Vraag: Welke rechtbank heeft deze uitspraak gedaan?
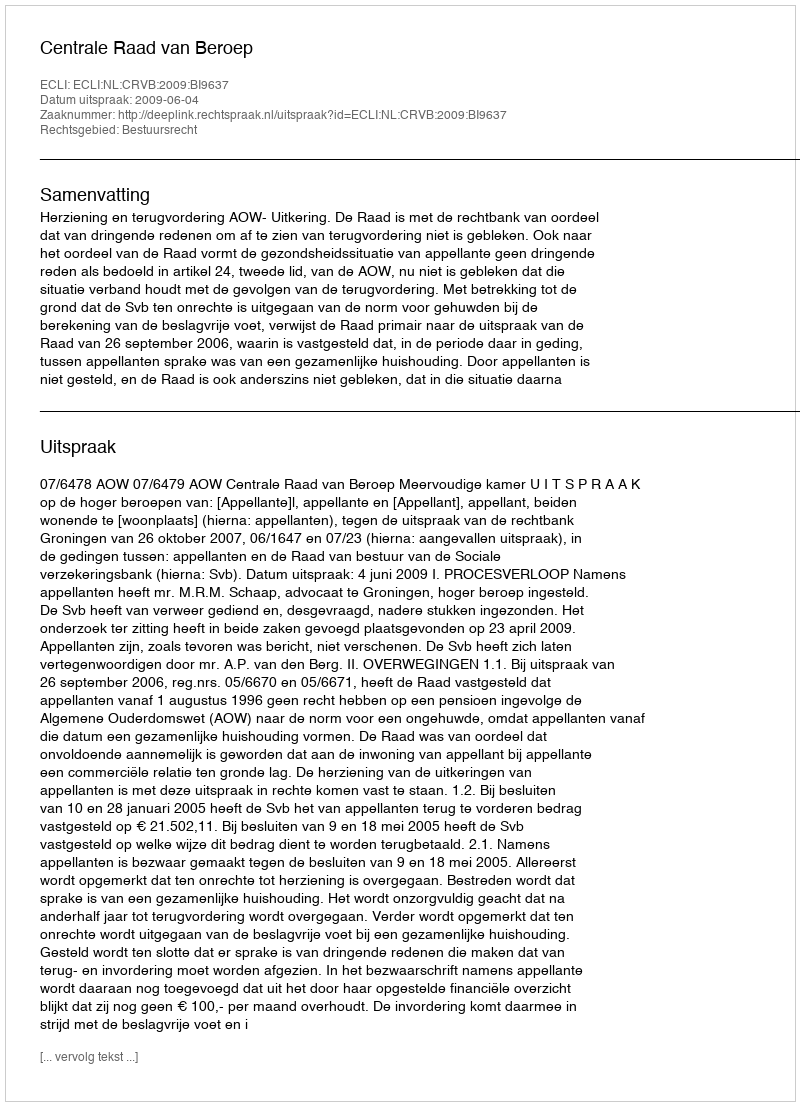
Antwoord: Centrale Raad van Beroep